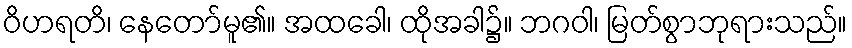
ဝိဟရတိ၊ နေတော်မူ၏။ အထခေါ၊ ထိုအခါ၌။ ဘဂဝါ၊ မြတ်စွာဘုရားသည်။